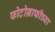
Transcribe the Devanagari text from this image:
फोटोग्राफीच्या